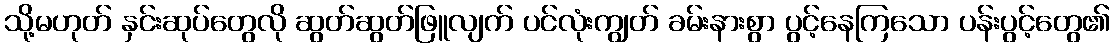
သို့မဟုတ် နှင်းဆုပ်တွေလို ဆွတ်ဆွတ်ဖြူလျက် ပင်လုံးကျွတ် ခမ်းနားစွာ ပွင့်နေကြသော ပန်းပွင့်တွေ၏